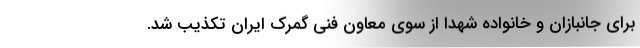
برای جانبازان و خانواده شهدا از سوی معاون فنی گمرک ایران تکذیب شد.